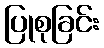
ပြုစုခြင်း